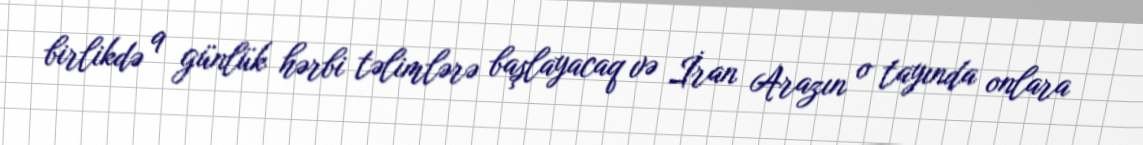
birlikdə 9 günlük hərbi təlimlərə başlayacaq və İran Arazın o tayında onlara